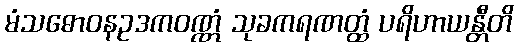
မံသဓောဝနဥဒကဝဏ္ဏံ သုခကရဏတ္ထံ ပရိဟာယန္တီတိ